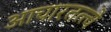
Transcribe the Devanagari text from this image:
आचारतत्त्वे